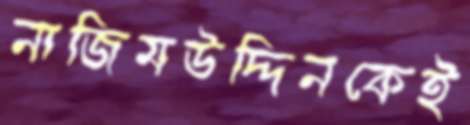
নাজিমউদ্দিনকেই